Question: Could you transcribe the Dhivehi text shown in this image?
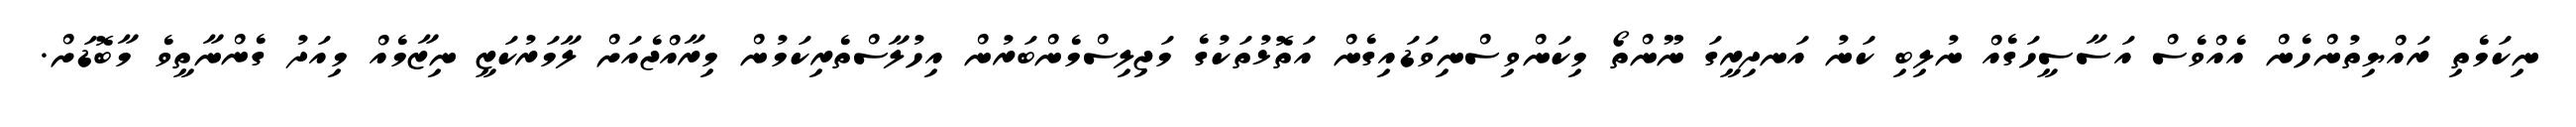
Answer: ނިކަމެތި ރައްޔިތުންހެން އެއްވެސް އަސާސީހަގެއް ނުލިބި ކަނު އަނދިރީގަ ނޫންތޯ މިކަންވިސްނިވަޑައިގެން އަތޮޅުތަކުގެ މަޖިލިސްމެންބަރުން އިހުލާސްތެރިކަމުން މިރާއްޖެއަށް ލާމަރުކަޒީ ނިޒާމެއް މިއަދު ގެންނާތީވެ މާބޮޑަށް.